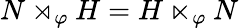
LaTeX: N\rtimes_{\varphi}H=H\ltimes_{\varphi}N